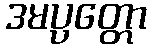
ဒမပ္ပတ္တော